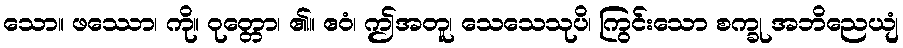
သော။ ဖဿော၊ ကို။ ဝုတ္တော၊ ၏။ ဧဝံ၊ ဤအတူ၊ သေသေသုပိ၊ ကြွင်းသော စက္ခု အဘိညေယျံ